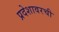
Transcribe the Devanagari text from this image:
प्रदेशावरची